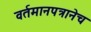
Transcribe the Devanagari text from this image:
वर्तमानपत्रानेच